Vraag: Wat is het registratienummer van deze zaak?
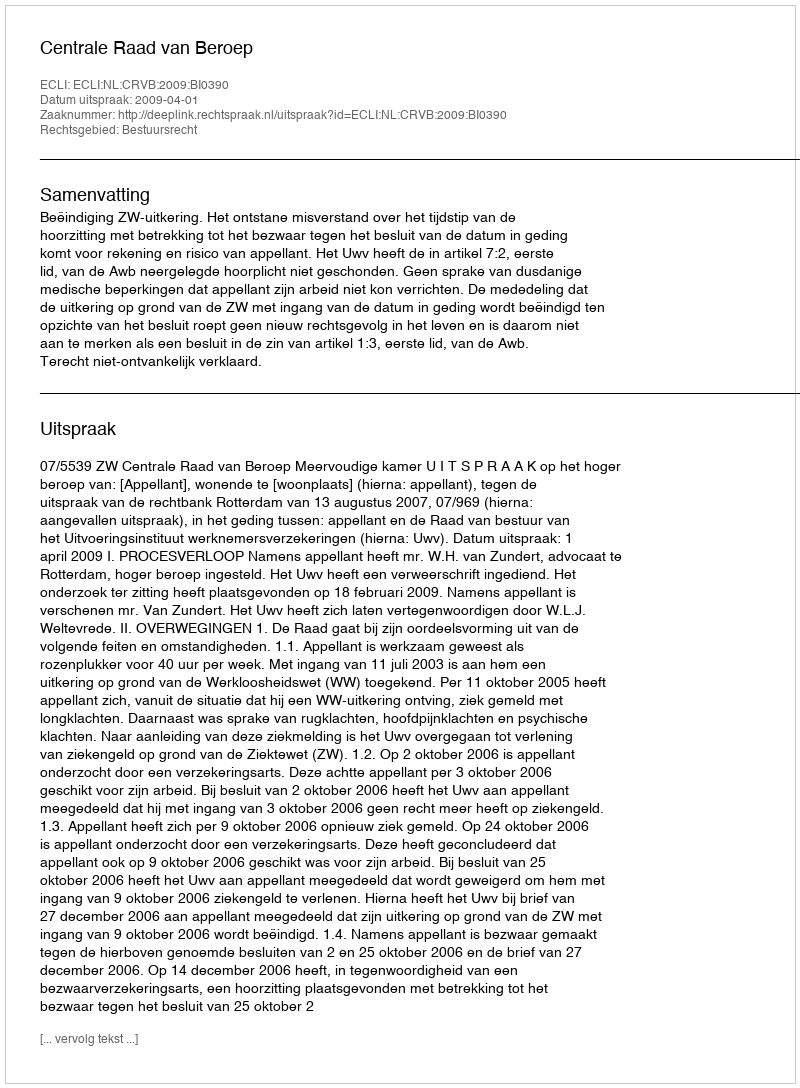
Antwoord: http://deeplink.rechtspraak.nl/uitspraak?id=ECLI:NL:CRVB:2009:BI0390